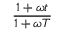
\frac { 1 + \omega t } { 1 + \omega T }